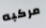
مركبه